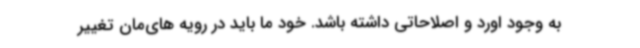
به وجود اورد و اصلاحاتی داشته باشد. خود ما باید در رویه های‌مان تغییر